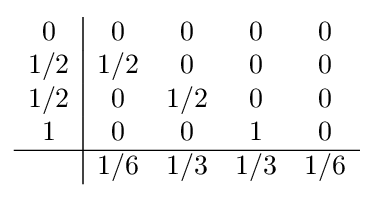
{\begin{array}{c|cccc}0&0&0&0&0\\1/2&1/2&0&0&0\\1/2&0&1/2&0&0\\1&0&0&1&0\\\hline &1/6&1/3&1/3&1/6\\\end{array}}